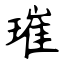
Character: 璀